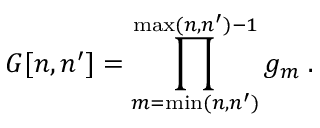
G [ n , n ^ { \prime } ] = \prod _ { m = \operatorname* { m i n } ( n , n ^ { \prime } ) } ^ { \operatorname* { m a x } ( n , n ^ { \prime } ) - 1 } g _ { m } \; .